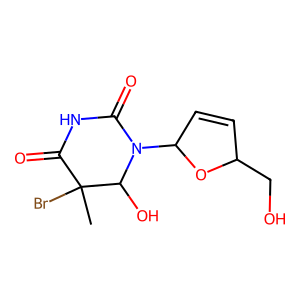
SMILES: CC1(Br)C(=O)NC(=O)N(C2C=CC(CO)O2)C1O
Inhibits HIV replication: No